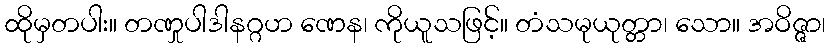
ထိုမှတပါး။ တဏှုပါဒါနဂ္ဂဟ ဏေန၊ ကိုယူသဖြင့်။ တံသမုယုတ္တာ၊ သော။ အဝိဇ္ဇာ၊